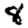
Digit: 8